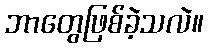
ဘာတွေဖြစ်ခဲ့သလဲ။